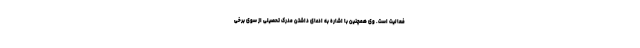
فعالیت است. وی همچنین با اشاره به ادعای داشتن مدرک تحصیلی از سوی برخی